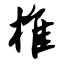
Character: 椎